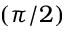
( \pi / 2 )